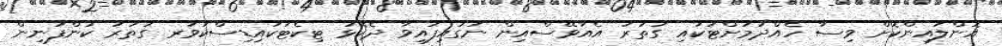
އޮންލައިންކޮށް ވިސާ ހެއްދުމަށްޓަކައި ގަތަރު އެއާވޭސްއިން ނަގައިފައިވާ ދެކޮޅު ޓިކެޓަކައިޑިސްކަވަރ ގަތަރު ކުންފުނިން